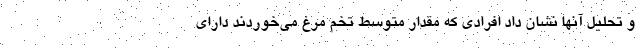
و تحلیل آنها نشان داد افرادی که مقدار متوسط تخم مرغ می‌خوردند دارای